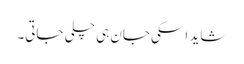
شاید اسکی جان ہی چلی جاتی۔